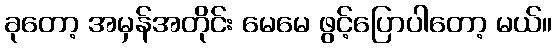
ခုတော့ အမှန်အတိုင်း မေမေ ဖွင့်ပြောပါတော့ မယ်။